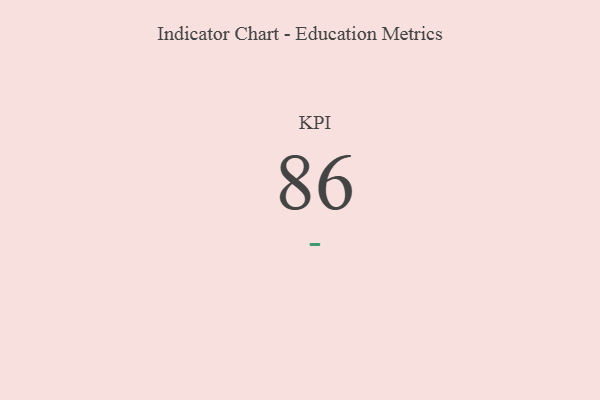
{"axis": {"x": "KPI", "y": "Value"}, "legend": [""], "data": [{"x": "KPI", "y": 86, "type": ""}]}